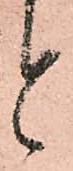
と